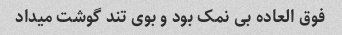
فوق العاده بی نمک بود و بوی تند گوشت میداد